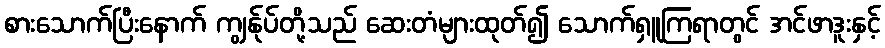
စားသောက်ပြီးနောက် ကျွန်ုပ်တို့သည် ဆေးတံများထုတ်၍ သောက်ရှူကြရာတွင် အင်ဖာဒူးနှင့်